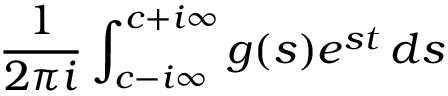
{ \frac { 1 } { 2 \pi i } } \int _ { c - i \infty } ^ { c + i \infty } g ( s ) e ^ { s t } \, d s